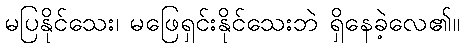
မပြနိုင်သေး၊ မဖြေရှင်းနိုင်သေးဘဲ ရှိနေခဲ့လေ၏။